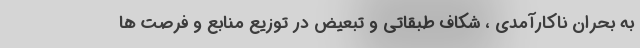
به بحران ناکارآمدی ، شکاف طبقاتی و تبعیض در توزیع منابع و فرصت ها